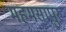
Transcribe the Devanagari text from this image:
महमसापुर